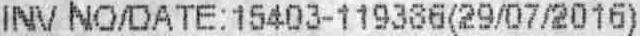
INV NO/DATE:15403-119386(29/07/2016)